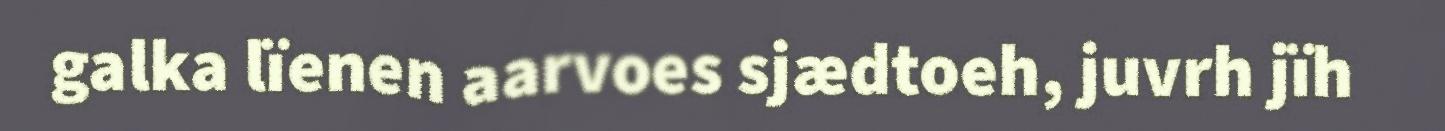
galka lïenen aarvoes sjædtoeh, juvrh jïh